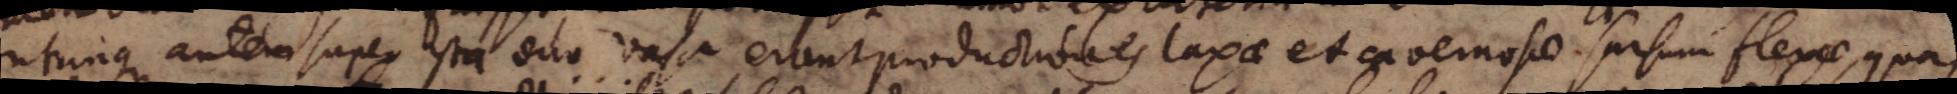
utrinque autem super ista duo vasa erant productiones laxae et cavernosae sursum flexae, quas